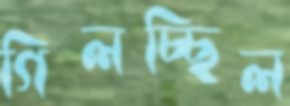
গিলচ্ছিল